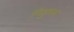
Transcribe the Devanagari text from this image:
गिडुमल